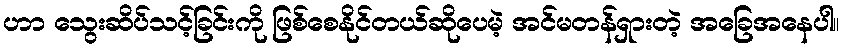
ဟာ သွေးဆိပ်သင့်ခြင်းကို ဖြစ်စေနိုင်တယ်ဆိုပေမဲ့ အင်မတန်ရှားတဲ့ အခြေအနေပါ။